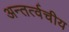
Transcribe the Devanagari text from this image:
अन्तर्त्वचीय